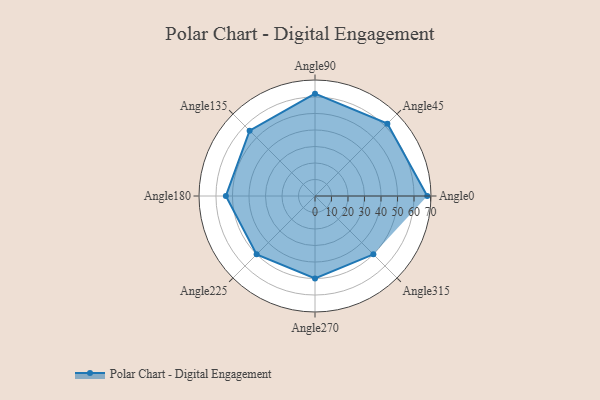
{"axis": {"x": "Angle", "y": "Radius"}, "legend": [""], "data": [{"x": "Angle0", "y": 68.0, "type": ""}, {"x": "Angle45", "y": 62.0, "type": ""}, {"x": "Angle90", "y": 62.0, "type": ""}, {"x": "Angle135", "y": 56.0, "type": ""}, {"x": "Angle180", "y": 54.0, "type": ""}, {"x": "Angle225", "y": 50, "type": ""}, {"x": "Angle270", "y": 50, "type": ""}, {"x": "Angle315", "y": 50, "type": ""}]}